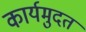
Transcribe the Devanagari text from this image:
कार्यमुदत